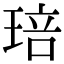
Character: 琣